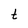
Character: t